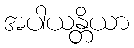
အပါယန္တိယာ